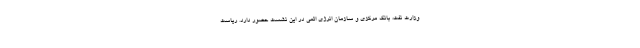
وزارت نفت، بانک مرکزی و سازمان انرژی اتمی در این نشست حضور دارد. ریاست